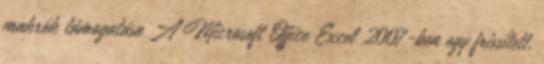
makrók támogatása A Microsoft Office Excel 2007-ben egy frissített,